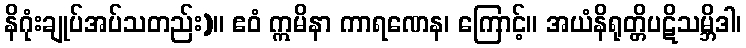
နိဂုံးချုပ်အပ်သတည်း)။ ဧဝံ ဣမိနာ ကာရဏေန၊ ကြောင့်။ အယံနိရုတ္တိပဋိသမ္ဘိဒါ၊